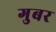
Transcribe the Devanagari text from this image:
गुबर